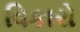
વિકારો